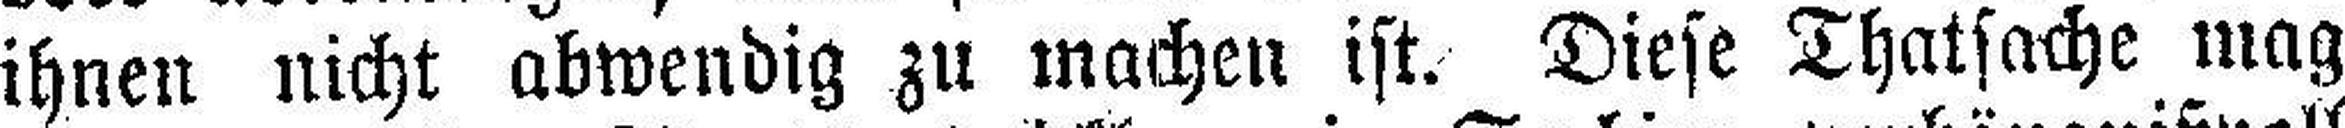
ihnen nicht abwendig zu machen ist. Diese Thatsache mag